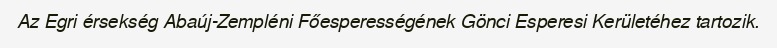
Az Egri érsekség Abaúj-Zempléni Főesperességének Gönci Esperesi Kerületéhez tartozik.